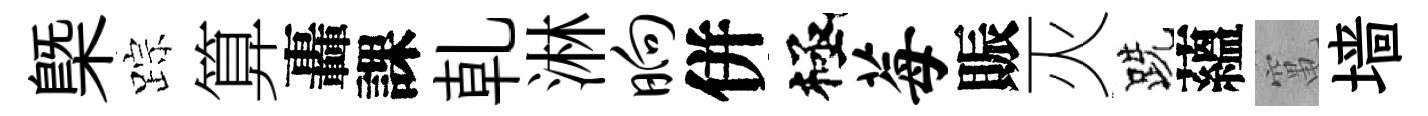
㮣踪算轟課乹淋晌併極莓賑灭跣蘊𥧄墙